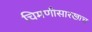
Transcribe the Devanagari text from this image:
चिमणीसारखाच